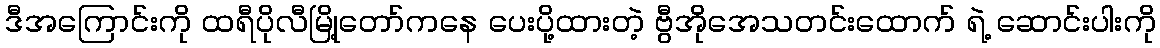
ဒီအကြောင်းကို ထရီပိုလီမြို့တော်ကနေ ပေးပို့ထားတဲ့ ဗွီအိုအေသတင်းထောက် ရဲ့ ဆောင်းပါးကို